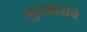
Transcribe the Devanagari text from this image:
गुप्तहेरांचे